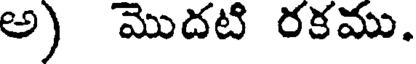
అ) మొదటి రకము.